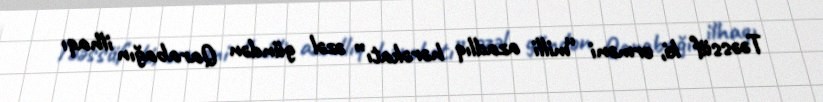
Təəssüf ki, erməni “milli azadlıq hərəkatı” əzəl gündən Qarabağın ilhaqı